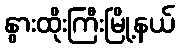
နွားထိုးကြီးမြို့နယ်